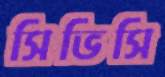
সিভিসি